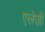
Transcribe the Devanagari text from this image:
एलेज़ी